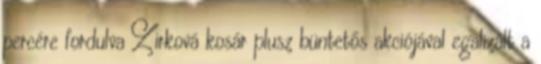
percére fordulva Zirková kosár plusz büntetős akciójával egalizált a